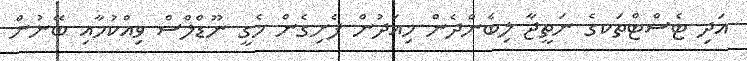
އަދި ޓެސްޓްތަކގެ ނަތީޖާ ލިބެންދެން މިއަދުން ފެށިގެން މެގީ ނޫޑްލްސް ވިއްކުމާއި ބޭނުން